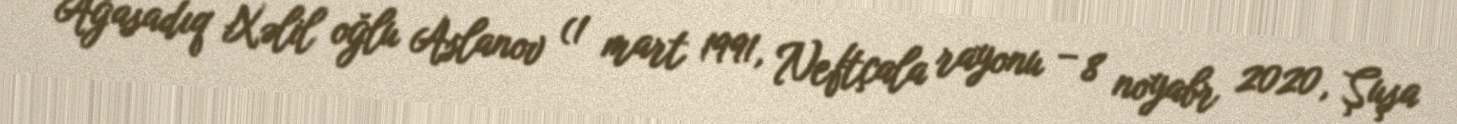
Ağasadıq Xəlil oğlu Aslanov (1 mart 1991, Neftçala rayonu – 8 noyabr 2020, Şuşa